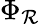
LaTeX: \Phi_{\mathcal{R}}